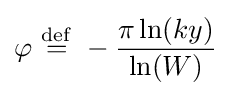
\varphi \ {\stackrel {\mathrm {def} }{=}}\ -{\frac {\pi \ln(ky)}{\ln(W)}}